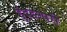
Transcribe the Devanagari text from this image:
हुंदडणारी